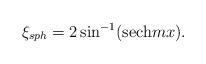
LaTeX: \begin{align*}\xi_{sph} = 2 \sin^{-1} ({\rm sech} m x).\end{align*}